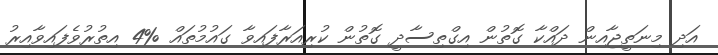
އަދި މިނަތީޖާއިން ދައްކާ ގޮތުން އިގްތިސާދީ ގޮތުން ކުރިއަރާފައިވާ ގައުމުތައް %4 އިތުރުވެފައިވާއިރު